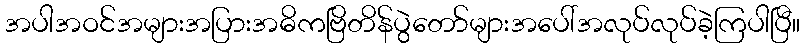
အပါအဝင်အများအပြားအဓိကဗြိတိန်ပွဲတော်များအပေါ်အလုပ်လုပ်ခဲ့ကြပါပြီ။